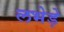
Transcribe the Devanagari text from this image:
लभेड़े